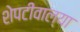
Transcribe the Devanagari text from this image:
शेपटीवाल्या